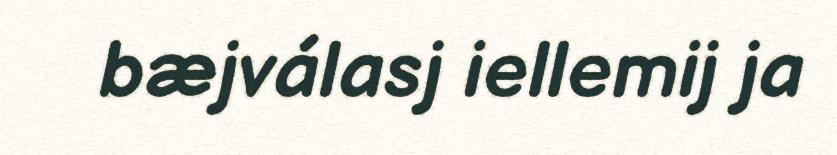
bæjválasj iellemij ja